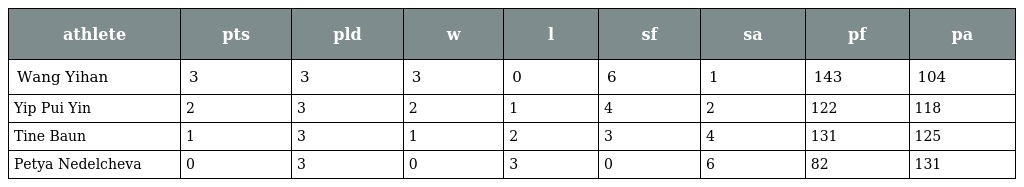
| athlete | pts | pld | w | l | sf | sa | pf | pa |
 | --- | --- | --- | --- | --- | --- | --- | --- | --- |
 | Wang Yihan | 3 | 3 | 3 | 0 | 6 | 1 | 143 | 104 |
 | Yip Pui Yin | 2 | 3 | 2 | 1 | 4 | 2 | 122 | 118 |
 | Tine Baun | 1 | 3 | 1 | 2 | 3 | 4 | 131 | 125 |
 | Petya Nedelcheva | 0 | 3 | 0 | 3 | 0 | 6 | 82 | 131 |